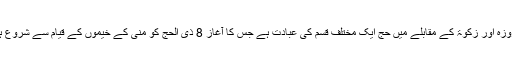
نماز، روزہ اور زکوٰۃ کے مقابلے میں حج ایک مختلف قسم کی عبادت ہے جس کا آغاز 8 ذی الحج کو منیٰ کے خیموں کے قیام سے شروع ہوتا ہے۔